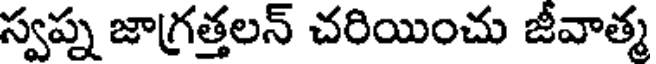
స్వప్న జాగ్రత్తలన్ చరియించు జీవాత్మ